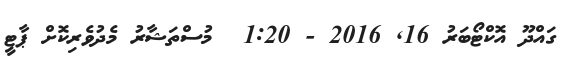
ގައްދޫ އޮކްޓޯބަރު 16